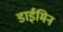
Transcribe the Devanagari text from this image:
डाईमिन